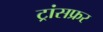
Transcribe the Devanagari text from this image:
ट्रांसफ्रर